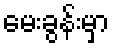
မေးခွန်းမှာ